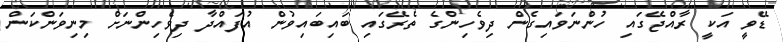
ޑޭވީ އަކީ ރާއްޖޭގައި ހުންނަވައިގެން ދިވެހިންގެ ތެރޭގައި ބައިބައިވުން އުފައްދާ ދިވެހިންނަށް މިނިވަންކަން